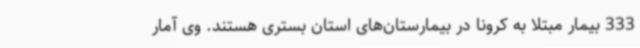
333 بیمار مبتلا به کرونا در بیمارستان‌های استان بستری هستند. وی آمار